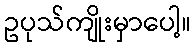
ဥပုသ်ကျိုးမှာပေါ့။